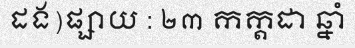
ដង)ផ្សាយ : ២៣ កក្តដា ឆ្នាំ